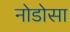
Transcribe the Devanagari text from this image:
नोडोसा